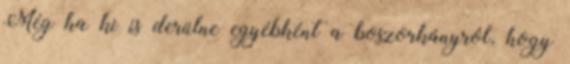
Még ha ki is derülne egyébként a boszorkányról, hogy